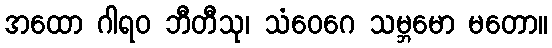
အထော ဂါရဝ ဘီတီသု၊ သံဝေဂေ သမ္ဘမော မတော။